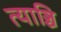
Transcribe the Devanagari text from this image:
त्याञ्चि